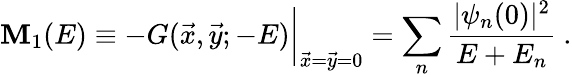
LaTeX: \mathbf{M}_{1}(E)\equiv-G(\vec{{x}},\vec{{y}};-E)\bigg|_{\vec{{x}}=\vec{{y}}=0}=\sum_{n}{\frac{{|\psi_{n}(0)|^{2}}}{{E+E_{n}}}}\ .